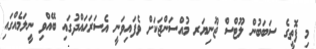
މި ފޮތީގެ ސަބަބުން ލޫޓްސް ޖޫނިޔަރ މުއްސަންޖަކަށް ވެފައިވަނީ އެސަރަޙައްދުގައި ބޭއްވި ނީލަމެއްގައި